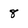
Character: 8